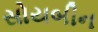
સોયબીન